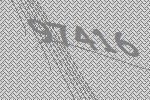
97416